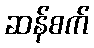
ဆန်စက်